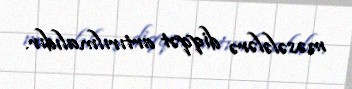
məsələlərə diqqət artırılmalıdır.